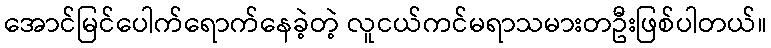
အောင်မြင်ပေါက်ရောက်နေခဲ့တဲ့ လူငယ်ကင်မရာသမားတဦးဖြစ်ပါတယ်။